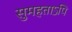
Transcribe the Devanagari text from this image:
सुमहताऽपि